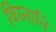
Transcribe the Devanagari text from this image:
विघ्नानि